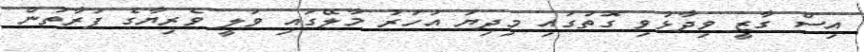
އިސް ގާޒީ ވިދާޅުވި ގޮތުގައި މިދިޔަ އަހަރު މާލޭގައި ވަލީ ވެރިޔާގެ ފަރާތުން